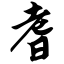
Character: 耆